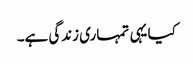
کیا یہی تمہاری زندگی ہے۔